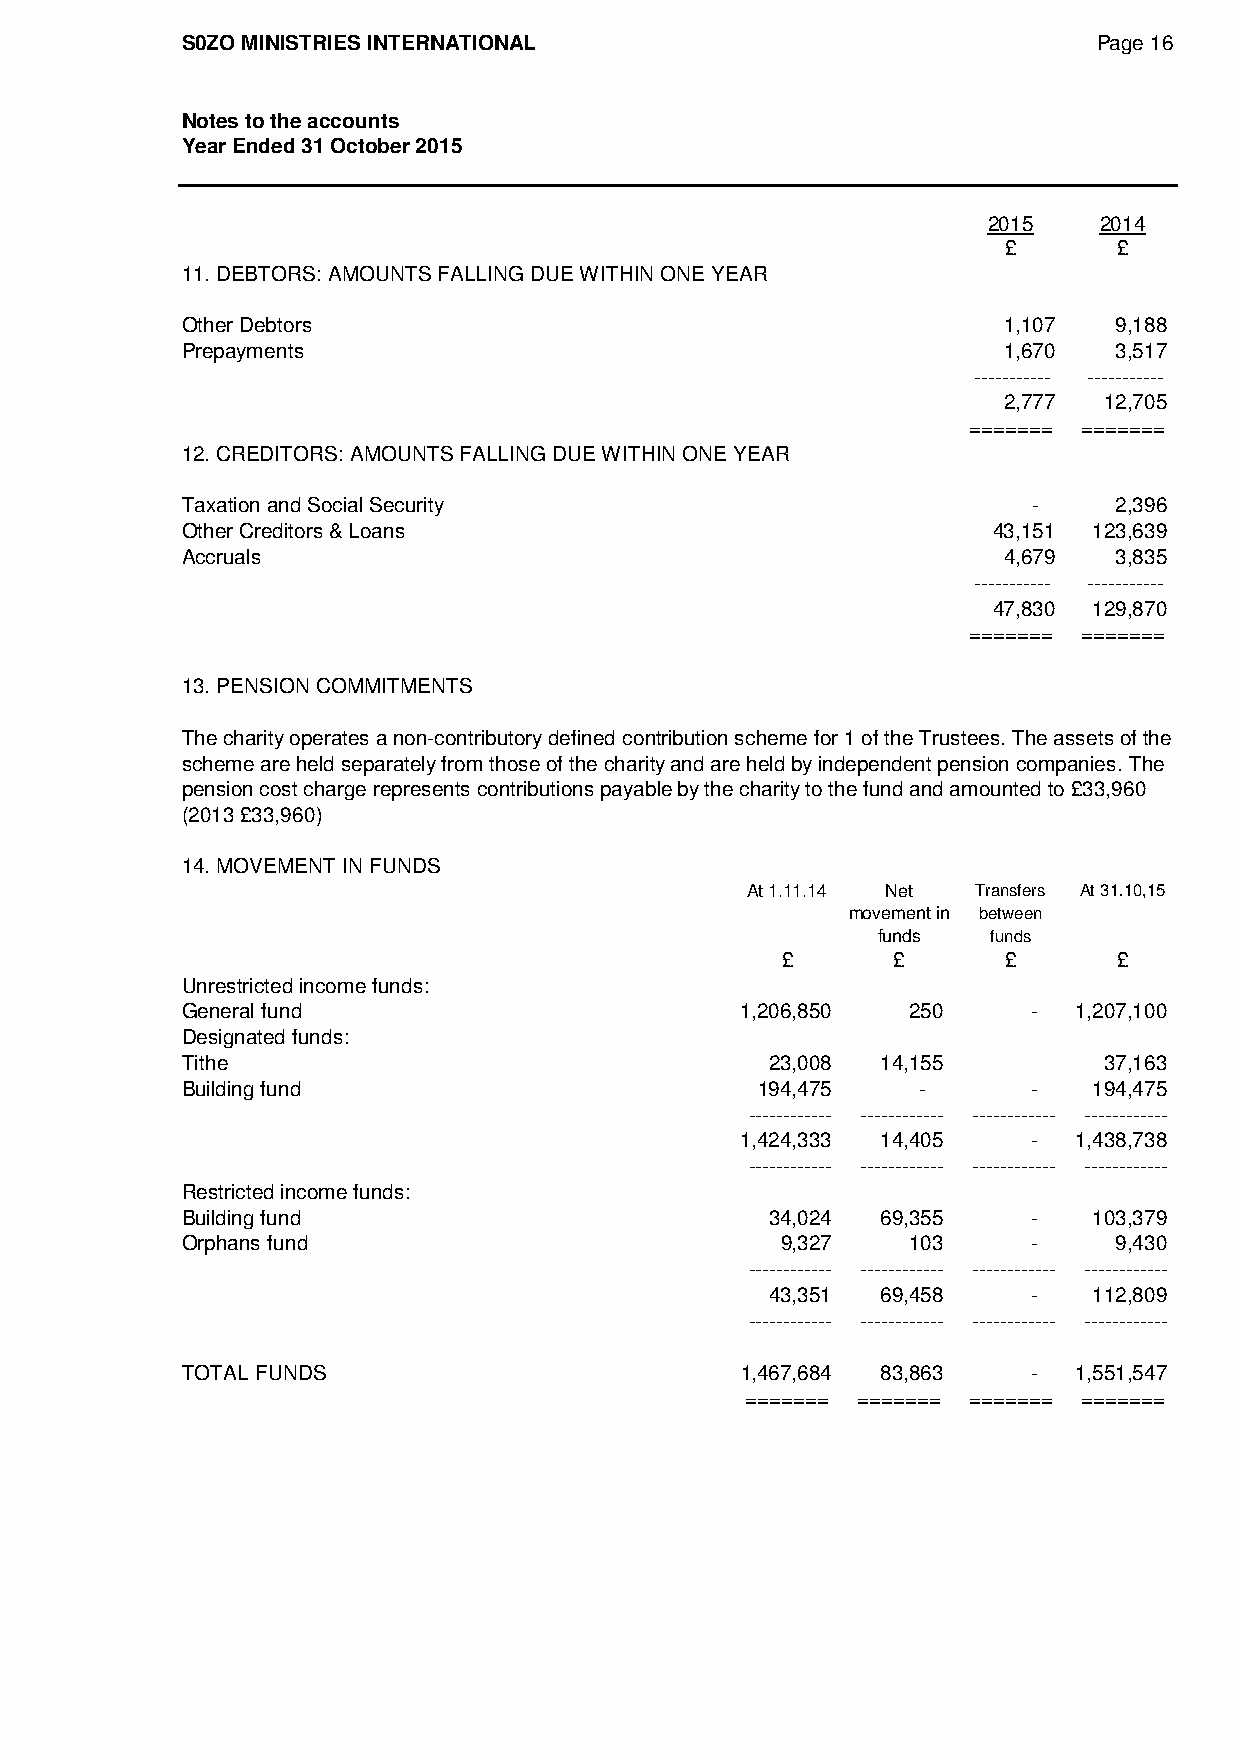
S0ZO MINISTRIES INTERNATIONAL                                Page 16
 Notes to the accounts
 Year Ended 31 October 2015
 2015    2014
 £      £
 11. DEBTORS: AMOUNTS FALLING DUE WITHIN ONE YEAR
 Other Debtors                                         1,107   9,188
 Prepayments                                           1,670   3,517
 ----------- -----------
 2,777  12,705
 ======= =======
 12. CREDITORS: AMOUNTS FALLING DUE WITHIN ONE YEAR
 Taxation and Social Security                            -     2,396
 Other Creditors & Loans                               43,151 123,639
 Accruals                                              4,679   3,835
 ----------- -----------
 47,830 129,870
 ======= =======
 13. PENSION COMMITMENTS
 The charity operates a non-contributory defined contribution scheme for 1 of the Trustees. The assets of the
 scheme are held separately from those of the charity and are held by independent pension companies. The
 pension cost charge represents contributions payable by the charity to the fund and amounted to £33,960
 (2013 £33,960)
 14. MOVEMENT IN FUNDS
 At 1.11.14 Net  Transfers At 31.10,15
 movement in between
 funds   funds
 £      £       £      £
 Unrestricted income funds:
 General fund                         1,206,850  250     -  1,207,100
 Designated funds:
 Tithe                                  23,008 14,155         37,163
 Building fund                         194,475    -      -   194,475
 ------------ ------------ ------------ ------------
 1,424,333 14,405   -  1,438,738
 ------------ ------------ ------------ ------------
 Restricted income funds:
 Building fund                          34,024 69,355    -   103,379
 Orphans fund                            9,327   103     -     9,430
 ------------ ------------ ------------ ------------
 43,351 69,458    -   112,809
 ------------ ------------ ------------ ------------
 TOTAL FUNDS                          1,467,684 83,863   -  1,551,547
 ======= ======= ======= =======